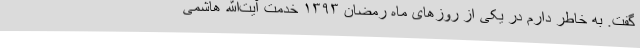
گفت. به خاطر دارم در یکی از روزهای ماه رمضان ۱۳۹۳ خدمت آیت‌الله هاشمی